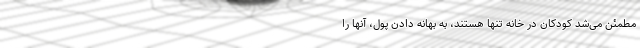
مطمئن می‌شد کودکان در خانه تنها هستند، به بهانه دادن پول، آنها را